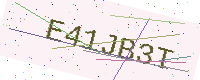
Text: E41JB3T